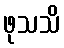
ဖုသသိ